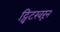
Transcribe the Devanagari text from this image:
ट्विटरवरून